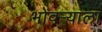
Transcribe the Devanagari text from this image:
भोवर्‍याला